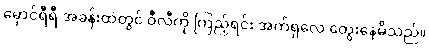
မှောင်ရီရီ အခန်းထဲတွင် ဝီလီကို ကြည့်ရင်း အက်ရှလေ တွေးနေမိသည်။